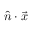
{ \hat { n } } \cdot { \vec { x } }